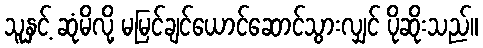
သူနှင့် ဆုံမိလို့ မမြင်ချင်ယောင်ဆောင်သွားလျှင် ပိုဆိုးသည်။